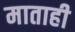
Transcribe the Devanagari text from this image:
माताही